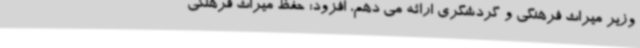
وزیر میراث فرهنگی و گردشگری ارائه می دهم، افزود: حفظ میراث فرهنگی